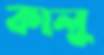
কালু